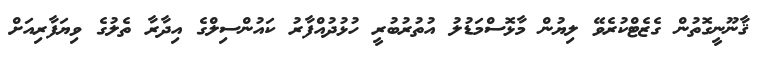
ޤާނޫނީގޮތުން ގެޒެޓްކުރެވޭ ލިޔުން މާޅޮސްމަޑުލު އުތުރުބުރީ ހުޅުދުއްފާރު ކައުންސިލްގެ އިދާރާ ތެލުގެ ވިޔަފާރިއަށް